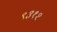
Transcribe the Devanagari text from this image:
९३१२